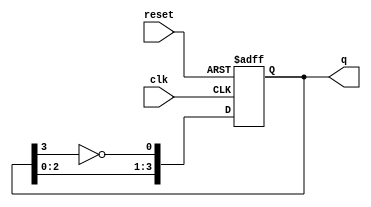
module johnson_counter #(
    parameter N = 4  // Number of flip-flops
)(
    input wire clk,      // Clock signal
    input wire reset,    // Asynchronous reset signal
    output reg [N-1:0] q // Output state of the counter
);

// Sequential logic for the Johnson Counter
always @(posedge clk or posedge reset) begin
    if (reset) begin
        q <= 0; // Initialize all flip-flops to 0 on reset
    end else begin
        // Shift the state and feed back the inverted last flip-flop output
        q <= {q[N-2:0], ~q[N-1]};
    end
end

endmodule